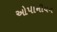
ઓપીનીયન